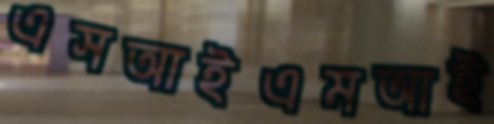
এসআইএমআই